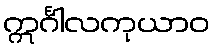
ဣင်္ဂါလကုယာဝ